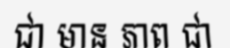
ជា មាន ភាព ជា